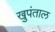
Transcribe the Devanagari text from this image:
खुपंताल